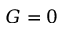
G = 0